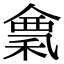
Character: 𥠌